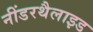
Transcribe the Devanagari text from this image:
नींडरथैलाइड